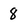
Character: 8